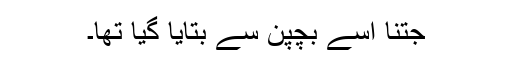
جتنا اسے بچپن سے بتایا گیا تھا۔